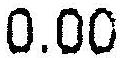
0.00